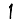
Digit: 1